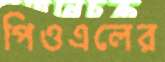
পিওএলের